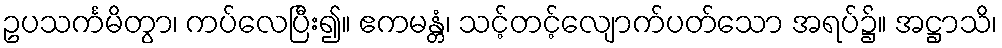
ဥပသင်္ကမိတွာ၊ ကပ်လေပြီး၍။ ဧကမန္တံ၊ သင့်တင့်လျောက်ပတ်သော အရပ်၌။ အဋ္ဌာသိ၊